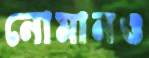
নোমানও